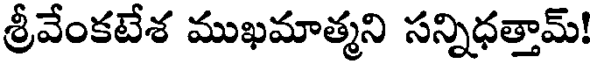
శ్రీవేంకటేశ ముఖమాత్మని సన్నిధత్తామ్!